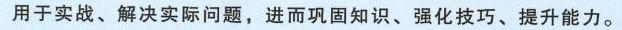
用于实战、解决实际问题，进而巩固知识、强化技巧、提升能力。